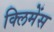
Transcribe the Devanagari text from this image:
क्लिमेंस